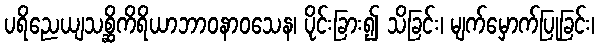
ပရိညေယျသစ္ဆိကိရိယာဘာဝနာဝသေန၊ ပိုင်းခြား၍ သိခြင်း၊ မျက်မှောက်ပြုခြင်း၊